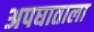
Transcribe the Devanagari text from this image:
अपघाताला